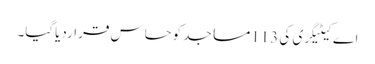
اے کیٹیگری کی 113مساجد کوحساس قراردیاگیا۔